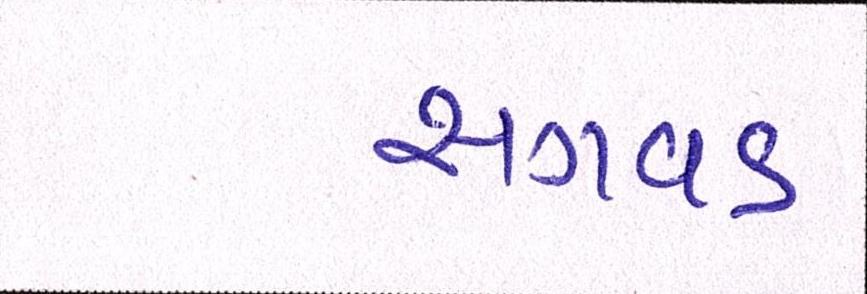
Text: સગવડ